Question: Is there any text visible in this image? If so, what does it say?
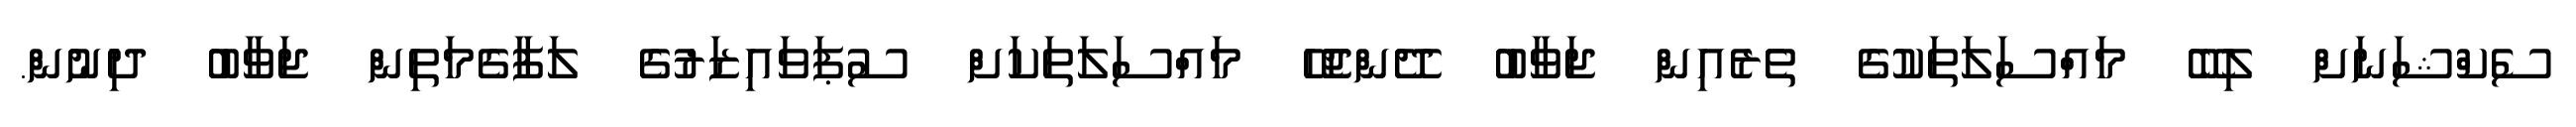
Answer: ސެކްޝަނަށް ލިބޭ މައްސަލަތަކުގެ ތެރެއިން ޖަވާބު ދޭންޖެހޭ މައްސަލަތަކަށް ސުޕަވައިޒަރުގެ ލަފާގެމަތިން ޖަވާބު ދިނުން.